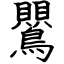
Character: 鸎